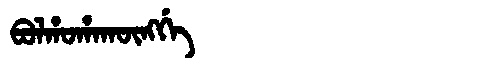
Manchu: ᠪᠣᠯᡥᠣᡥᠠᡴᡡᠩᡤᡝ
Romanization: BOLHOHAKŪNGGE